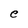
Character: e